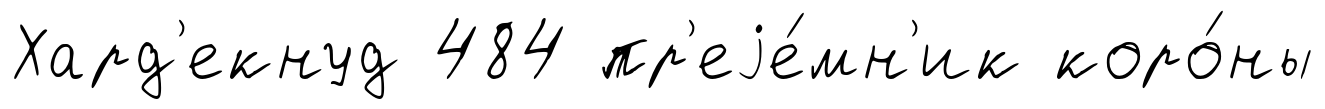
Хард'екнуд 484 пр'еjе́мн'ик коро́ны